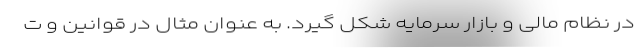
در نظام مالی و بازار سرمایه شکل گیرد. به عنوان مثال در قوانین و ت